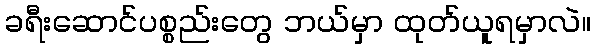
ခရီးဆောင်ပစ္စည်းတွေ ဘယ်မှာ ထုတ်ယူရမှာလဲ။